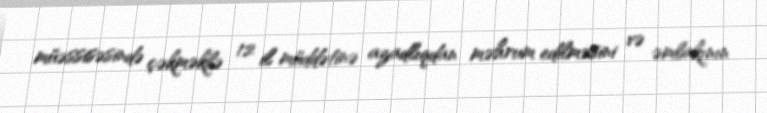
müəssisəsində çəkməklə 12 il müddətinə azadlıqdan məhrum edilməsini və əmlakının